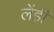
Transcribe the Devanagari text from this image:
लेंड़ी